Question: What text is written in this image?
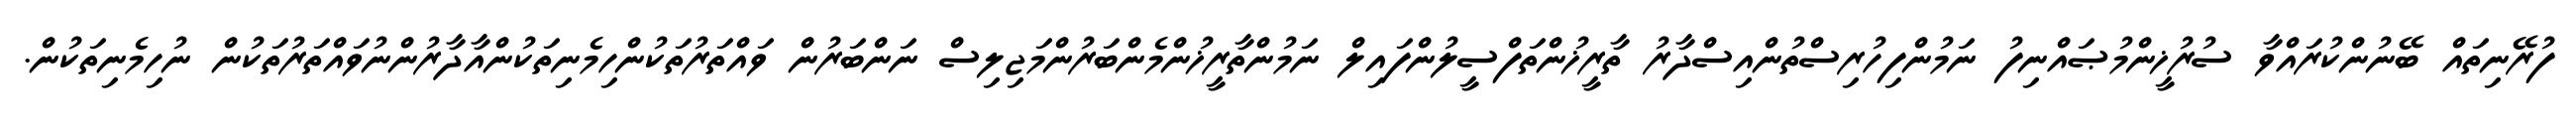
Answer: ފުރޭނިތައް ބޭނުންކުރައްވާ ސުރުޚީންމުޞައްނިފު ނަމުންފިހުރިސްތުންއިސްދާރު ތާރީޚުންތަފްސީލުންފައިލް ނަމުންތާރީޚުންމެންބަރުންމަޖިލިސް ނަންބަރުން ވައްތަރުތަކުންހިމެނިތަކުންއާދާރުންނުވައްތަރުތަކުން ނުހިމެނިތަކުން.